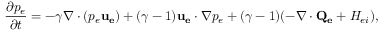
\frac { \partial p _ { e } } { \partial t } = - \gamma \nabla \cdot ( p _ { e } { \bf { u _ { e } } } ) + ( \gamma - 1 ) { \bf { u _ { e } } } \cdot \nabla p _ { e } + ( \gamma - 1 ) ( - \nabla \cdot { \bf { Q _ { e } } } + H _ { e i } ) ,